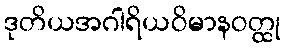
ဒုတိယအဂါရိယဝိမာနဝတ္ထု